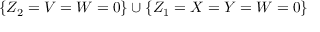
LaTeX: \{ Z _ { 2 } = V = W = 0 \} \cup \{ Z _ { 1 } = X = Y = W = 0 \}